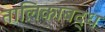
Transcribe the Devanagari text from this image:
तालिकाबद्ध